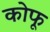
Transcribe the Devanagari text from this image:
कोफू